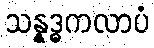
သန္နဒ္ဓကလာပံ